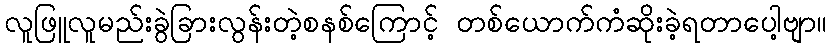
လူဖြူလူမည်းခွဲခြားလွန်းတဲ့စနစ်ကြောင့် တစ်ယောက်ကံဆိုးခဲ့ရတာပေါ့ဗျာ။